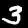
Label: 3